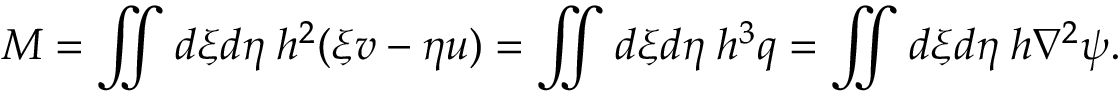
M = \iint d \xi d \eta \; h ^ { 2 } ( \xi v - \eta u ) = \iint d \xi d \eta \; h ^ { 3 } q = \iint d \xi d \eta \; h \nabla ^ { 2 } \psi .